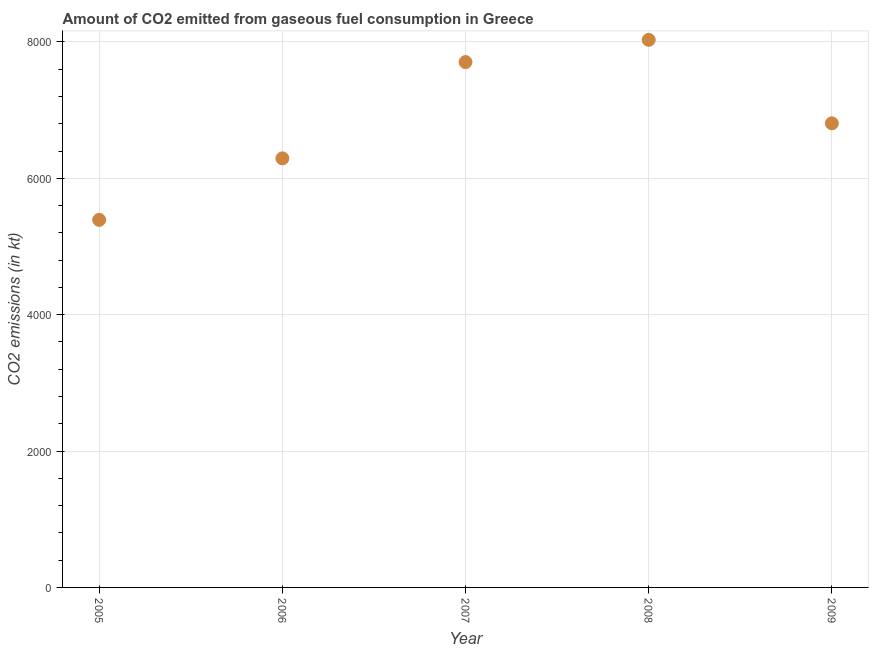
| Year | CO2 emissions from gaseous fuel consumption |
 | --- | --- |
 | 2005 | 5.39e+03 |
 | 2006 | 6.29e+03 |
 | 2007 | 7.7e+03 |
 | 2008 | 8.03e+03 |
 | 2009 | 6.81e+03 |